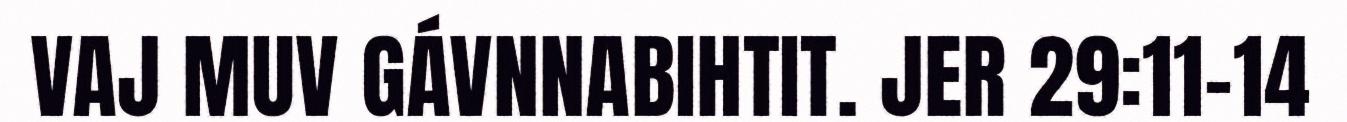
VAJ MUV GÁVNNABIHTIT. JER 29:11–14